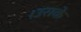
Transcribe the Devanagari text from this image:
।उसके